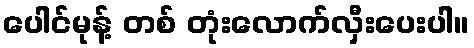
ပေါင်မုန့် တစ် တုံးလောက်လှီးပေးပါ။